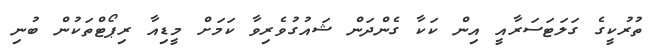
ތުރުކީގެ ގަލަޓަސަރާއީ އިން ކަކާ ގެންދަން ޝައުގުވެރިވާ ކަމަށް މީޑިއާ ރިޕޯޓްތަކުން ބުނި